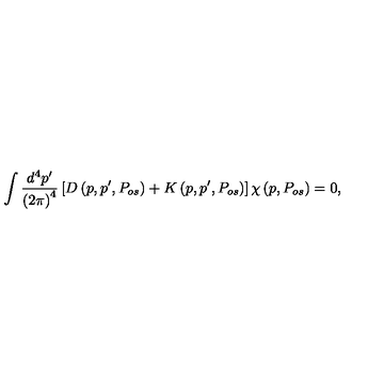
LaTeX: \int \frac { d ^ { 4 } p ^ { \prime } } { \left( 2 \pi \right) ^ { 4 } } \left[ { D } \left( p , p ^ { \prime } , P _ { o s } \right) + { K } \left( p , p ^ { \prime } , P _ { o s } \right) \right] { \chi } \left( p , P _ { o s } \right) = 0 ,